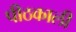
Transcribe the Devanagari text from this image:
पीठकाली